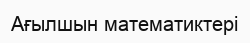
Ағылшын математиктері